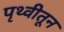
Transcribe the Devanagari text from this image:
पृथ्वीतून